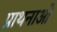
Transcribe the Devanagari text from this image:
प्राथनाओं